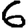
Digit: 6